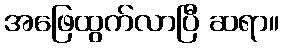
အဖြေထွက်လာပြီ ဆရာ။